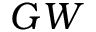
G W